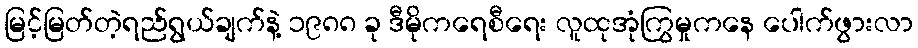
မြင့်မြတ်တဲ့ရည်ရွယ်ချက်နဲ့ ၁၉၈၈ ခု ဒီမိုကရေစီရေး လူထုအုံကြွမှုကနေ ပေါက်ဖွားလာ